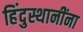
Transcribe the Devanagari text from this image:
हिंदुस्थानींना